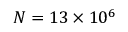
N = 1 3 \times 1 0 ^ { 6 }